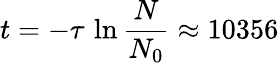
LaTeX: t=-\tau\, \ln{\frac{N}{N_{0}}}\approx 10356